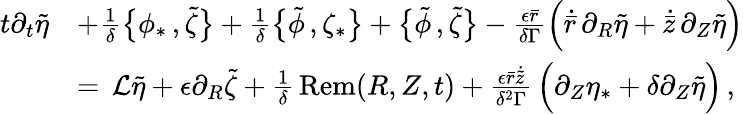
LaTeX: \begin{array}{rl}{t\partial_{t}\tilde{\eta}}&{+\frac{1}{\delta}\bigl\{ \phi_{*}\, ,\tilde{\zeta}\bigr\} +\frac{1}{\delta}\bigl\{ \tilde{\phi}\, ,\zeta_{*}\bigr\} +\bigl\{ \tilde{\phi}\, ,\tilde{\zeta}\bigr\} -\frac{\epsilon\bar{r}}{\delta\Gamma}\Bigl(\dot{\bar{r}}\, \partial_{R}\tilde{\eta}+\dot{\bar{z}}\, \partial_{Z}\tilde{\eta}\Bigr)}\\ {\, }&{=\, \mathcal{L}\tilde{\eta}+\epsilon\partial_{R}\tilde{\zeta}+\frac{1}{\delta}\, \mathrm{Rem}(R,Z,t)+\frac{\epsilon\bar{r}\dot{\tilde{z}}}{\delta^{2}\Gamma}\, \Bigl(\partial_{Z}\eta_{*}+\delta\partial_{Z}\tilde{\eta}\Bigr)\, ,}\end{array}